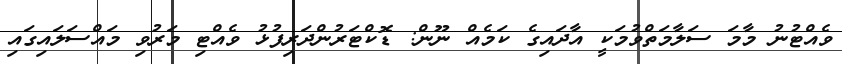
ވެއްޓުނު މާމަ ސަލާމަތްވުމަކީ އާދައިގެ ކަމެއް ނޫން: ޑޮކްޓަރުންދަރިފުޅު ވެއްޓި މަރުވި މައްސަލައިގައި